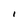
Character: I